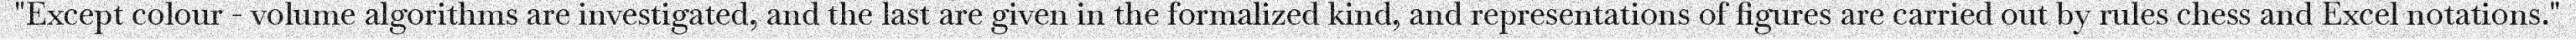
"Except colour - volume algorithms are investigated, and the last are given in the formalized kind, and representations of figures are carried out by rules chess and Excel notations."